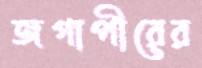
জগাপীরের